Report on the cholera epidemic of
Year: 1868
Disease focus: Cholera
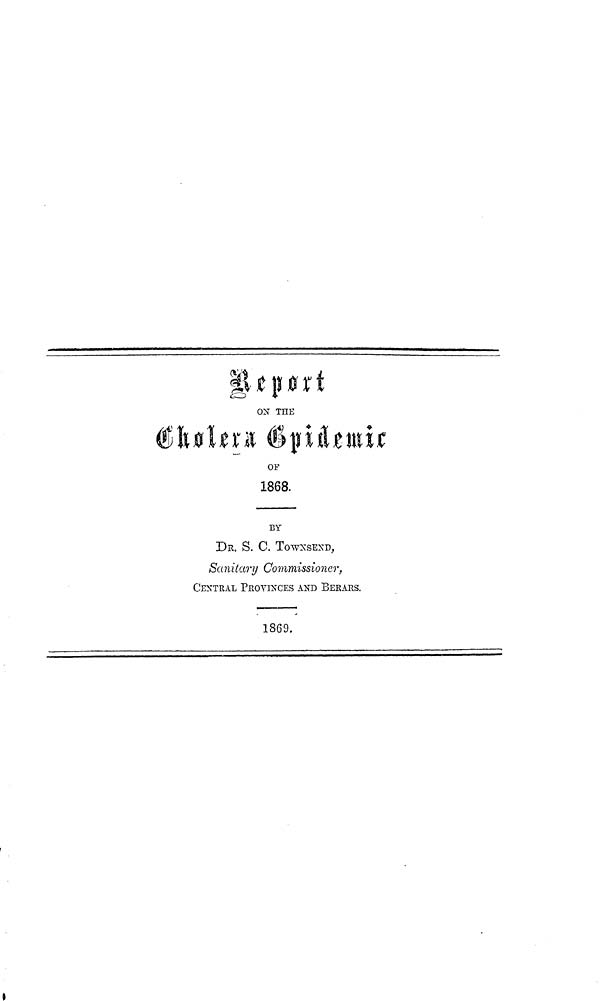
Report
ON THE
OF
1868. _____
BY
DR. S. C. TowNSEND,
Sanitary Commissioner,
CENTRAL PROVINCES AND BERARS.
1869.